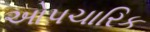
ઓપચારિક